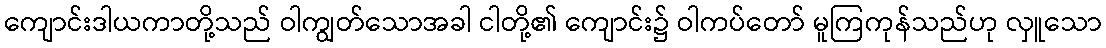
ကျောင်းဒါယကာတို့သည် ဝါကျွတ်သောအခါ ငါတို့၏ ကျောင်း၌ ဝါကပ်တော် မူကြကုန်သည်ဟု လှူသော